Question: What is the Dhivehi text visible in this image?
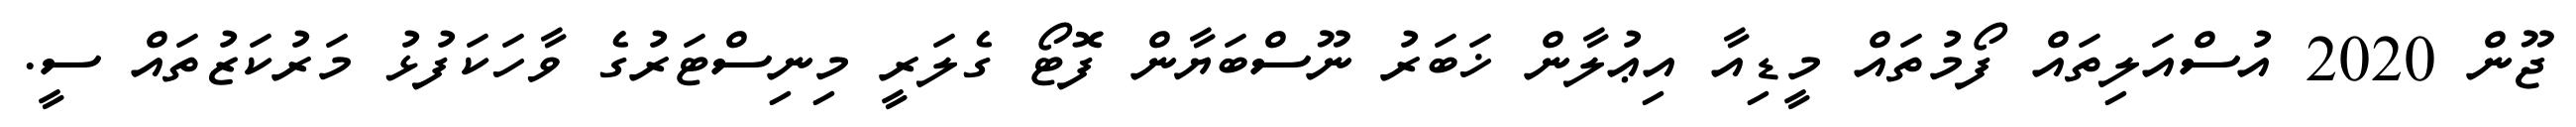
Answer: ޖޫން 2020 އުސްއަލިތައް ފޯމުތައް މީޑިއާ އިޢުލާން ޚަބަރު ނޫސްބަޔާން ފޮޓޯ ގެލަރީ މިނިސްޓަރުގެ ވާހަކަފުޅު މަރުކަޒުތައް ސީ.